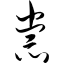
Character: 祟